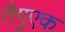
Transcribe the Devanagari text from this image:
तैगुएक